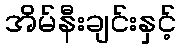
အိမ်နီးချင်းနှင့်